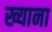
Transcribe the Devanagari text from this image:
ख्याना